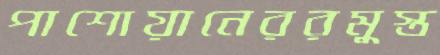
পাশোয়ানেররমুস্ত